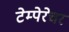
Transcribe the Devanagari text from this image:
टेम्पेरेचर